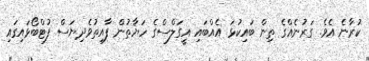
ކުރާނެ އެވެ. ގަރުނެއްގެ ތިން ބައިކުޅަ އެއްބައި އީގަލްސްގެ ހަޔާތުން ފާއިތުވެދިޔަސް ފުޓްބޯޅައިިގައި